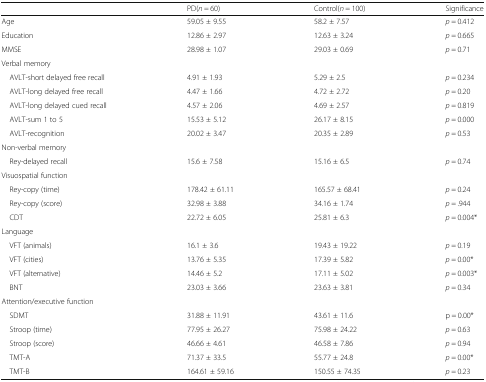
<table><thead><tr><td></td><td><b>PD(<i>n</i> = 60)</b></td><td><b>Control(<i>n</i> = 100)</b></td><td><b>Significance</b></td></tr></thead><tbody><tr><td>Age</td><td>59.05 ± 9.55</td><td>58.2 ± 7.57</td><td><i>p</i> = 0.412</td></tr><tr><td>Education</td><td>12.86 ± 2.97</td><td>12.63 ± 3.24</td><td><i>p</i> = 0.665</td></tr><tr><td>MMSE</td><td>28.98 ± 1.07</td><td>29.03 ± 0.69</td><td><i>p</i> = 0.71</td></tr><tr><td colspan="4">Verbal memory</td></tr><tr><td> AVLT-short delayed free recall</td><td>4.91 ± 1.93</td><td>5.29 ± 2.5</td><td><i>p</i> = 0.234</td></tr><tr><td> AVLT-long delayed free recall</td><td>4.47 ± 1.66</td><td>4.72 ± 2.72</td><td><i>p</i> = 0.20</td></tr><tr><td> AVLT-long delayed cued recall</td><td>4.57 ± 2.06</td><td>4.69 ± 2.57</td><td><i>p</i> = 0.819</td></tr><tr><td> AVLT-sum 1 to 5</td><td>15.53 ± 5.12</td><td>26.17 ± 8.15</td><td><i>p</i> = 0.000</td></tr><tr><td> AVLT-recognition</td><td>20.02 ± 3.47</td><td>20.35 ± 2.89</td><td><i>p</i> = 0.53</td></tr><tr><td colspan="4">Non-verbal memory</td></tr><tr><td> Rey-delayed recall</td><td>15.6 ± 7.58</td><td>15.16 ± 6.5</td><td><i>p</i> = 0.74</td></tr><tr><td colspan="4">Visuospatial function</td></tr><tr><td> Rey-copy (time)</td><td>178.42 ± 61.11</td><td>165.57 ± 68.41</td><td><i>p</i> = 0.24</td></tr><tr><td> Rey-copy (score)</td><td>32.98 ± 3.88</td><td>34.16 ± 1.74</td><td><i>p</i> = .944</td></tr><tr><td> CDT</td><td>22.72 ± 6.05</td><td>25.81 ± 6.3</td><td><i>p</i> = 0.004*</td></tr><tr><td colspan="4">Language</td></tr><tr><td> VFT (animals)</td><td>16.1 ± 3.6</td><td>19.43 ± 19.22</td><td><i>p</i> = 0.19</td></tr><tr><td> VFT (cities)</td><td>13.76 ± 5.35</td><td>17.39 ± 5.82</td><td><i>p</i> = 0.00*</td></tr><tr><td> VFT (alternative)</td><td>14.46 ± 5.2</td><td>17.11 ± 5.02</td><td><i>p</i> = 0.003*</td></tr><tr><td> BNT</td><td>23.03 ± 3.66</td><td>23.63 ± 3.81</td><td><i>p</i> = 0.34</td></tr><tr><td colspan="4">Attention/executive function</td></tr><tr><td> SDMT</td><td>31.88 ± 11.91</td><td>43.61 ± 11.6</td><td>p = 0.00*</td></tr><tr><td> Stroop (time)</td><td>77.95 ± 26.27</td><td>75.98 ± 24.22</td><td><i>p</i> = 0.63</td></tr><tr><td> Stroop (score)</td><td>46.66 ± 4.61</td><td>46.58 ± 7.86</td><td><i>p</i> = 0.94</td></tr><tr><td> TMT-A</td><td>71.37 ± 33.5</td><td>55.77 ± 24.8</td><td><i>p</i> = 0.00*</td></tr><tr><td> TMT-B</td><td>164.61 ± 59.16</td><td>150.55 ± 74.35</td><td><i>p</i> = 0.23</td></tr></tbody></table>